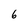
Character: 6